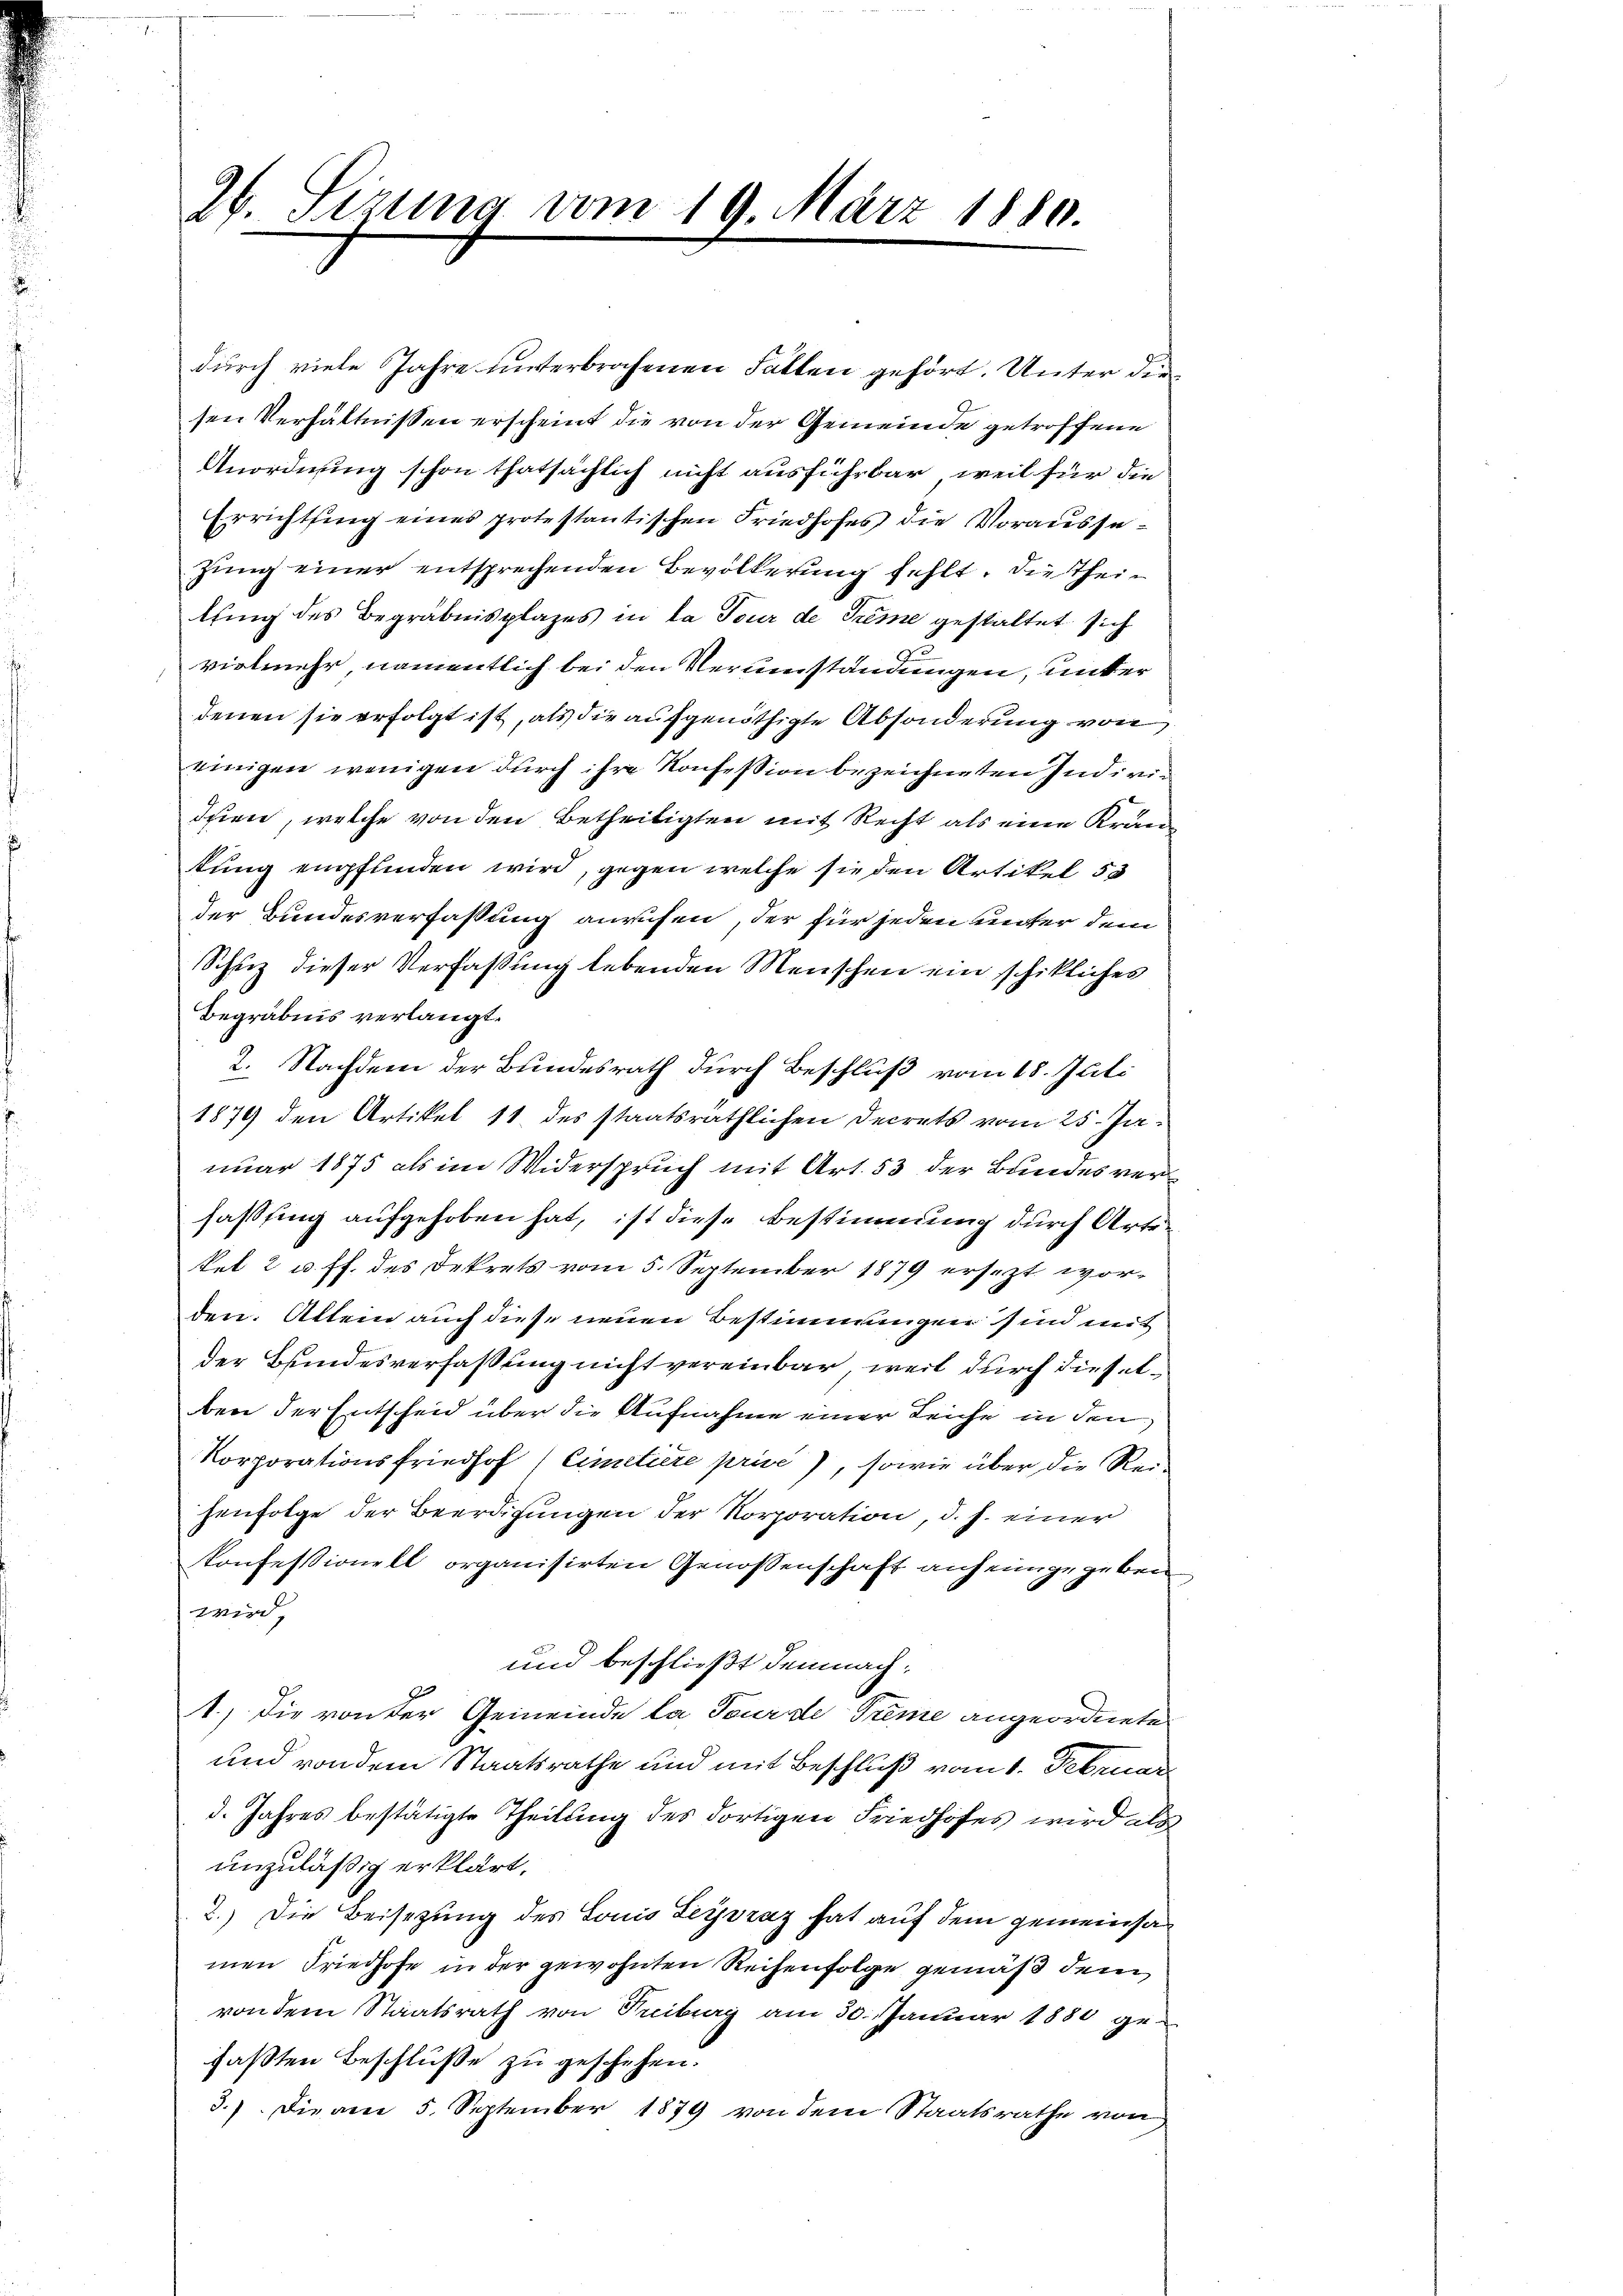
26. Sizung vom 19. März 1880.

durch viele Jahre unterbrochenen Falten gehört. Unter die
sen Verhältnissen erscheint die von der Gemeinde getroffene
Anordnung schon thatsächlich nicht ausführbar, weil für die
Errichtung eines protestantischen Friedhofes die Voraussezung einer entsprechenden Bevölkerung fehlt. Die Theilling des Begräbnisplazes in la Tour de Treme gestaltet sich
2
vielmehr, namentlich bei den Vernerständungen, unter
denen sie erfolgt ist, als die aufgenöthigte Absonderung von
einigen wenigen durch ihre Konsession bezeichneten Indivi
dnen, welche von den Betheiligten mit Recht als eine Krantung empfunden wird, gegen welche sie den Artikel 53
der Bundesverfassung anrufen, der für jeden unter dem
Schuz dieser Verfaßung lebenden Menschen ein schikliches
Begräbnis verlangt.
2. Nachdem der Bundesrath durch Beschluß vom 18. Juli
1879 den Artikel 11 des staatsräthlichen Decrets vom 25. Januar 1875 als im Widerspruch mit Art. 53 der Bundes verfaßssing aufgehoben hat, ist diese Bestimmung durch Artekel 2 u. ff. des Dekrets vom 5. September 1879 ersezt worden. Allein auch diese neuen Bestimmungen sind mit
der Bundesverfassung nicht vereinbar, weil durch dieselben der Entscheid über die Aufnahme einer Leiche in den
Korporationsfriedhof /Cimetière prise), sowie über die Reihenfolge der Beerdigungen der Korporation, d. J. einer
Konfessionell organisirten Genossenschaft anheimgegeben
wird,
und beschließt demnach¬
1.) Die von der Gemeinde la Tourde Prême angeordnete
und von dem Staatsrathe und mit Beschluß vom 1. Februar
d. Jahres bestätigte Theilung des dortigen Friedhofes wird als
unzuläßig erklärt,
2.) Die Beisezung des Louis Leyszaz hat auf dem gemeinsa
men Friedhofe in der gewohnten Reihenfolge gemäß dem
von dem Staatsrath von Treiburg am 30. Januar 1880 gefaßten Beschlüße zu geschehen.
3.) Die am 5. September 1879 von dem Staatsrathe von